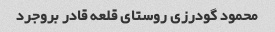
محمود گودرزی روستای قلعه قادر بروجرد